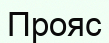
Прояс